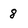
Character: 8